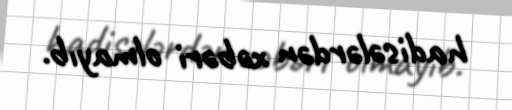
hadisələrdən xəbəri olmayıb.